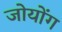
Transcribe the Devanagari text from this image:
जोयोंग